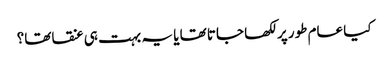
کیا عام طور پر لکھا جاتا تھا یا یہ بہت ہی عنقا تھا؟